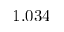
1 . 0 3 4